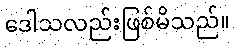
ဒေါသလည်းဖြစ်မိသည်။